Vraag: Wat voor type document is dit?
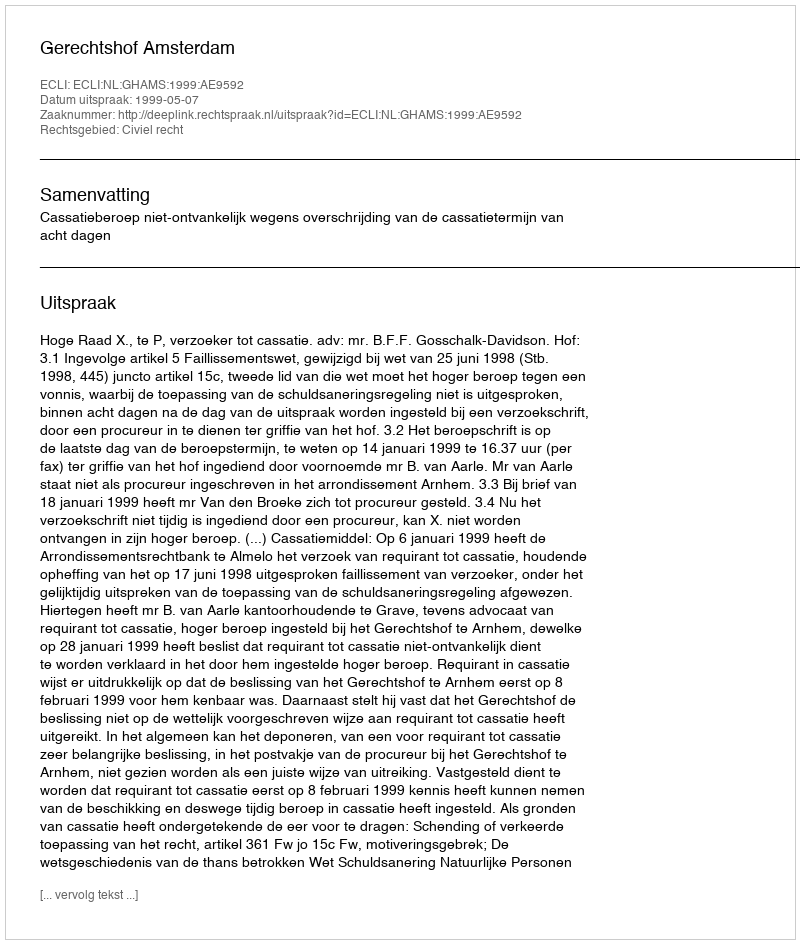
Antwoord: Uitspraak